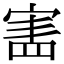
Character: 𡩜